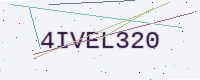
Text: 4IVEL320